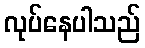
လုပ်နေပါသည်